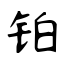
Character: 铂